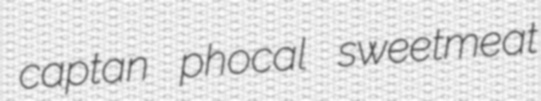
captan phocal sweetmeat